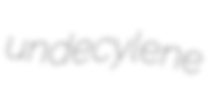
undecylene